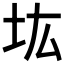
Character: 𡉞